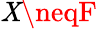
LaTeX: \mathit{X}\neqF